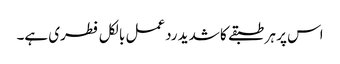
اس پر ہر طبقے کا شدید ردعمل بالکل فطری ہے۔